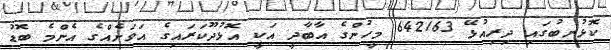
ކޮޅުނބުގައި ދިރިއުޅޭ 642163 މީހުންގެ އާބާދީ އަކީ އޮޅުދޫކަރައިގެ އަވަށެއްގެ އެންމެ ބޮޑު